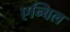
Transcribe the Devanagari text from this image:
एन्बिल